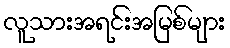
လူသားအရင်းအမြစ်များ